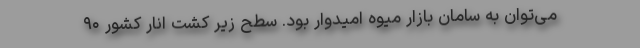
می‌توان به سامان بازار میوه امیدوار بود. سطح زیر کشت انار کشور ۹۰